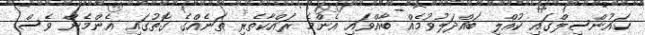
ކައުންސިލްގައި ކުއްލި ބައްދަލުވުމެއް ބާއްވައި އެންމެ ރައްކާތެރި ތަނެއްގެ ގޮތުގައި އެންމެން ވެސް